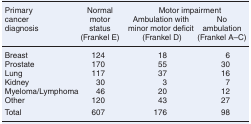
<table><thead><tr><td rowspan="2"><b>Primary cancer diagnosis</b></td><td rowspan="2"><b>Normal motor status (Frankel E)</b></td><td colspan="2"><b>Motor impairment</b></td></tr><tr><td><b>Ambulation with minor motor deficit (Frankel D)</b></td><td><b>No ambulation (Frankel A–C)</b></td></tr></thead><tbody><tr><td>Breast</td><td>124</td><td>18</td><td>6</td></tr><tr><td>Prostate</td><td>170</td><td>55</td><td>30</td></tr><tr><td>Lung</td><td>117</td><td>37</td><td>16</td></tr><tr><td>Kidney</td><td>30</td><td>3</td><td>7</td></tr><tr><td>Myeloma/Lymphoma</td><td>46</td><td>20</td><td>12</td></tr><tr><td>Other</td><td>120</td><td>43</td><td>27</td></tr><tr><td>Total</td><td>607</td><td>176</td><td>98</td></tr></tbody></table>